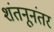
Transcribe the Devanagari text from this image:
शंतनूनंतर